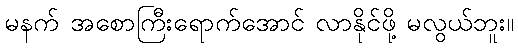
မနက် အစောကြီးရောက်အောင် လာနိုင်ဖို့ မလွယ်ဘူး။